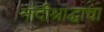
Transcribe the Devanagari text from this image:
नांदीश्राद्धाचा